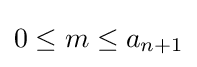
0\leq m\leq a_{n+1}